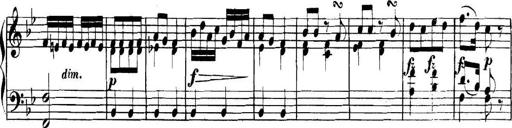
Title: Collected Piano Sonatas
Composer: Muzio Clementi